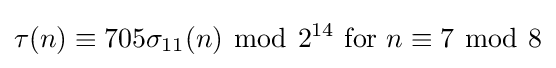
\tau (n)\equiv 705\sigma _{11}(n)\ {\bmod {\ }}2^{14}{\text{ for }}n\equiv 7\ {\bmod {\ }}8